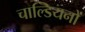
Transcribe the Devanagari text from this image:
चाल्डियनों